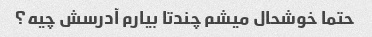
حتما خوشحال میشم چندتا بیارم آدرسش چیه؟